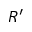
R ^ { \prime }